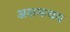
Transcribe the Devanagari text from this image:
असमन्वय